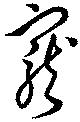
寵